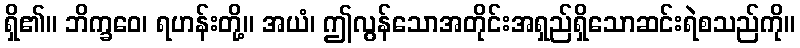
ရှိ၏။ ဘိက္ခဝေ၊ ရဟန်းတို့။ အယံ၊ ဤလွန်သောအတိုင်းအရှည်ရှိသောဆင်းရဲစသည်ကို။